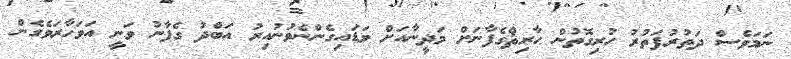
ނަމަވެސް ދަތުރުފަތުރު ހުރިގޮތުން ޙާރިޘްގެފާނަށް މަދީނާއަށް ވަޑައިގެންނެވުނުއިރު އަބްދު ގެފާނު ވަނީ އަވަހާރަވެގެން